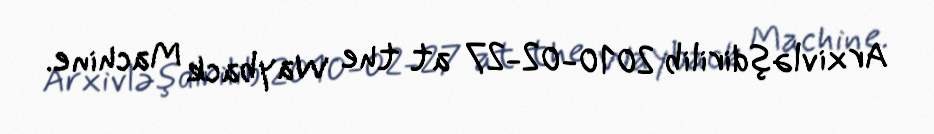
Arxivləşdirilib 2010-02-27 at the Wayback Machine.